Report on the working of the Ranchi Indian Mental Hospital, Kanke, in Bihar and Orissa - 1930-1940
Year: 1930
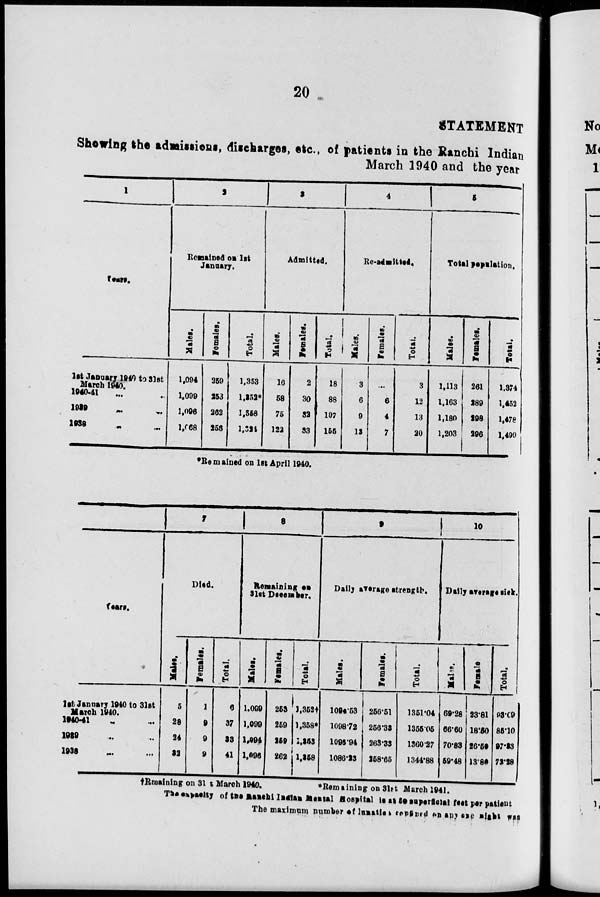
20
STATEMENT
Showing the admissions, discharges, etc., of patients in the Ranchi Indian
March 1940 and the year
1
Years.
1st January 1940 31st
March 1940.
1940-41
...
1939 ... ...
1938 ... ...
2
Remained on 1st
January.
Males.
1,094
1,099
1,096
1,068
Females.
259
253
262
258
Total.
1,353
1,352*
1,358
1,324
3
Admitted.
Males.
16
58
75
122
Females.
2
30
32
33
Total.
18
88
107
155
4
Re-admitted.
Males.
3
6
9
13
Females.
...
6
4
7
Total.
3
12
13
20
5
Total population.
Males.
1,113
1,163
1,180
1,203
Females.
261
289
298
296
Total.
1,374
1,452
1,478
1,490
*Remained on 1st April 1940.
Years.
1st January 1940 to 31st
March 1940.
1940-41 ... ...
1989 ... ...
1938
...
...
7
Died.
Males.
5
28
24
32
Females.
1
9
9
9
Total.
6
37
33
41
8
Remaining on
31st December.
Males.
1,099
1,099
1,99*
1,096
Females.
253
259
259
262
Total.
3,352†
1,358*
1,253
1,358
9
Daily average strength.
Males.
1094.53
1098.72
1095.94
1086.23
Females.
256.51
256.38
263.33
258.65
Total.
1351.04
1355.05
1360.27
1344.88
10
Daily average sick.
Males.
69.28
66.60
70.83
59.48
Female.
23.81
18.50
26.50
13.80
Total.
93.09
86.10
97.33
73.28
†Remaining on 31st March 1940.
*Remaining on 31st March 1941.
The capasity of the Ranchi Indian Mental Hospital is at 50 superficial feet per patient
The maximum number of lunatics confined on any one nigth was